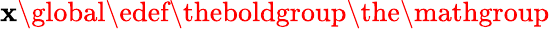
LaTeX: \mathbf{x\global\edef\theboldgroup{\the\mathgroup}}